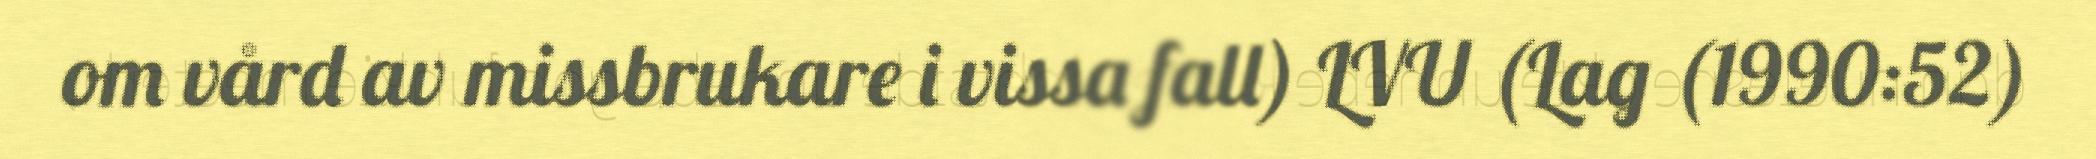
om vård av missbrukare i vissa fall) LVU (Lag (1990:52)